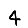
Digit: 4